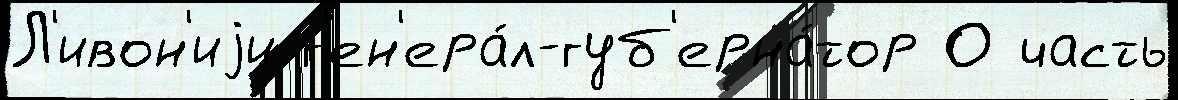
Л'ивон'иjи г'ен'ера́л-губ'ерна́тор О часть